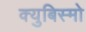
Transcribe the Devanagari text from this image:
क्युबिस्मो